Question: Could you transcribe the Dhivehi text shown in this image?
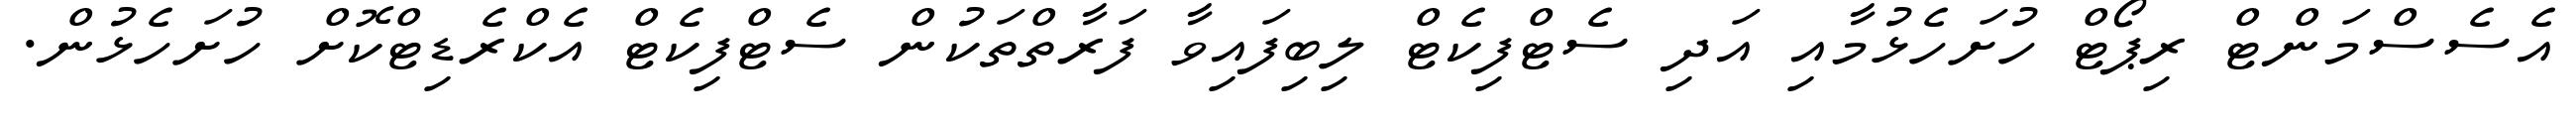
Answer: އެސެސްމަންޓް ރިޕޯޓް ހުށަހެޅުމާއި އަދި ސެޓްފިކެޓް ލިބިފައިވާ ފަރާތްތަކުން ސެޓްފިކެޓް އެކްރެޑިޓްކޮށް ހުށަހެޅުން.